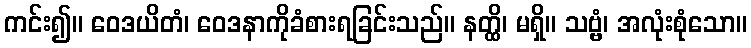
ကင်း၍။ ဝေဒယိတံ၊ ဝေဒနာကိုခံစားရခြင်းသည်။ နတ္ထိ၊ မရှိ။ သဗ္ဗံ၊ အလုံးစုံသော။